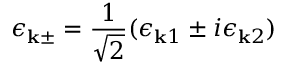
\boldsymbol { \epsilon } _ { \mathbf { k } \pm } = \frac { 1 } { \sqrt { 2 } } ( \boldsymbol { \epsilon } _ { \mathbf { k } 1 } \pm i \boldsymbol { \epsilon } _ { \mathbf { k } 2 } )